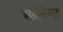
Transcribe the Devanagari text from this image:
ओलिन्स